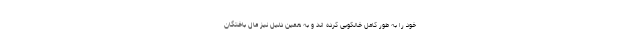
خود را به طور کامل خالکوبی کرده اند و به همین دلیل نیز مال باختگان